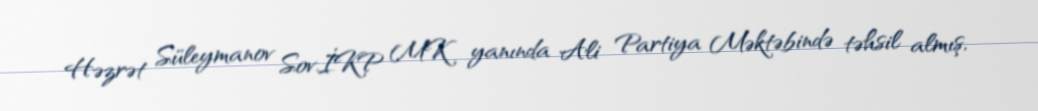
Həzrət Süleymanov Sov.İKP MK yanında Ali Partiya Məktəbində təhsil almış,